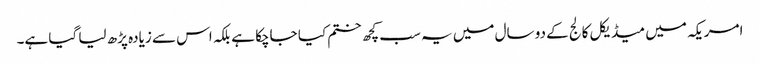
امریکہ میں میڈیکل کالج کے دو سال میں یہ سب کچھ ختم کیا جاچکا ہے بلکہ اس سے زیادہ پڑھ لیا گیا ہے۔